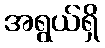
အရွယ်ရှိ